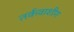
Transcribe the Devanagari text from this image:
तर्कवाशीग